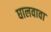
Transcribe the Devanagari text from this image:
घालवावा